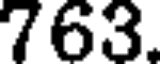
763.